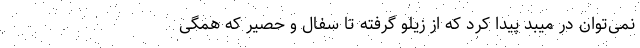
نمی‌توان در میبد پیدا کرد که از زیلو گرفته تا سفال و حصیر که همگی